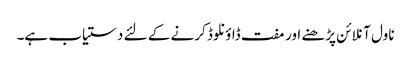
ناول آنلائن پڑھنے اور مفت ڈاؤنلوڈ کرنے کے لئے دستیاب ہے۔